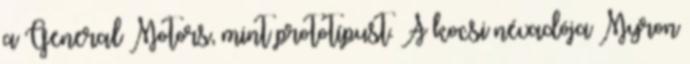
a General Motors, mint prototípust. A kocsi névadója Myron